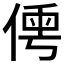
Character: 𠋐